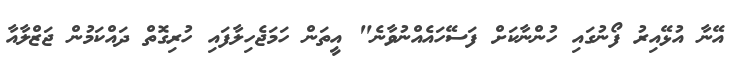
އޭނާ އުޅޭއިރު ފޯނުގައި ހުންނާކަށް ފަސޭހައެއްނުވާނެ" އީތަން ހަމަޖެހިލާފައި ހުރިގޮތް ދައްކަމުން ޖަޒްލާއާ